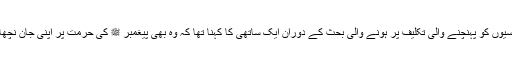
فیض آباد دھرنے کی وجہ سے جڑواں شہروں کے باسیوں کو پہنچنے والی تکلیف پر ہونے والی بحث کے دوران ایک ساتھی کا کہنا تھا کہ وہ بھی پیغمبر ﷺ کی حُرمت پر اپنی جان نچھاور کرنے اور دھرنے میں شرکت کے لیے تیار ہے۔